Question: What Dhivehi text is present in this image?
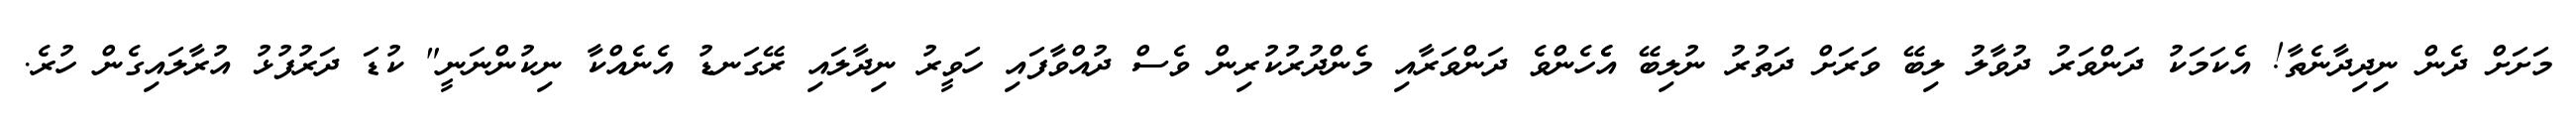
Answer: މަށަށް ދެން ނިދިދާނެތާ! އެކަމަކު ދަންވަރު ދުވާލު ލިބޭ ވަރަށް ދަތުރު ނުލިބޭ އެެހެންވެ ދަންވަރާއި މެންދުރުކުރިން ވެސް ދުއްވާފައި ހަވީރު ނިދާލައި ރޭގަނޑު އެނެއްކާ ނިކުންނަނީ" ކުޑަ ދަރުފުޅު އުރާލައިގެން ހުރެ.